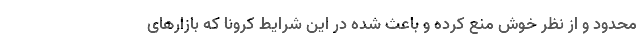
محدود و از نظر خوش منع کرده و باعث شده در این شرایط کرونا که بازارهای